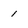
Character: 1